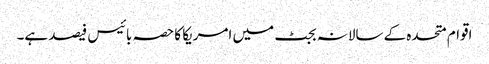
اقوام متحدہ کے سالانہ بجٹ میں امریکا کا حصہ بائیس فیصد ہے۔